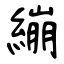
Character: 繃